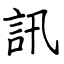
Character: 訊